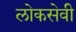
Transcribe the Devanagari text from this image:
लोकसेवी